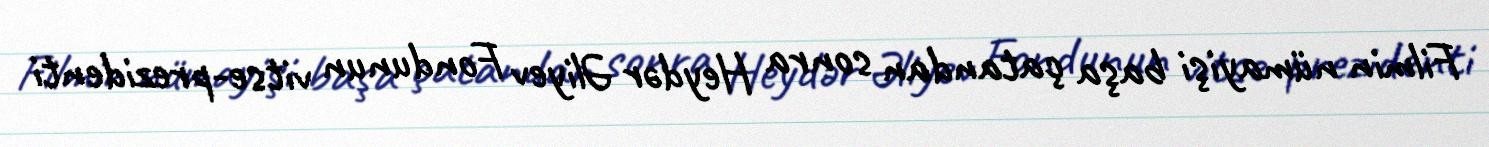
Filmin nümayişi başa çatandan sonra Heydər Əliyev Fondunun vitse-prezidenti